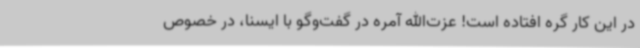
در این کار گره افتاده است! عزت‌الله آمره در گفت‌وگو با ایسنا، در خصوص